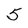
Character: 5